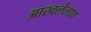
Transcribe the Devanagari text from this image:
आखलेलाच